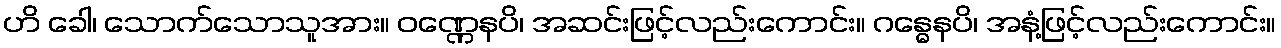
ဟိ ခေါ၊ သောက်သောသူအား။ ဝဏ္ဏေနပိ၊ အဆင်းဖြင့်လည်းကောင်း။ ဂန္ဓေနပိ၊ အနံ့ဖြင့်လည်းကောင်း။